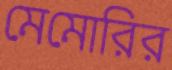
মেমোরির